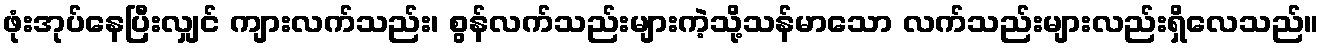
ဖုံးအုပ်နေပြီးလျှင် ကျားလက်သည်း၊ စွန်လက်သည်းများကဲ့သို့သန်မာသော လက်သည်းများလည်းရှိလေသည်။